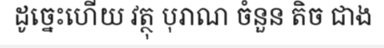
ដូច្នេះហើយ វត្ថុ បុរាណ ចំនួន តិច ជាង